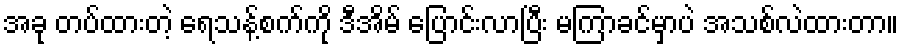
အခု တပ်ထားတဲ့ ရေသန့်စက်ကို ဒီအိမ် ပြောင်းလာပြီး မကြာခင်မှာပဲ အသစ်လဲထားတာ။